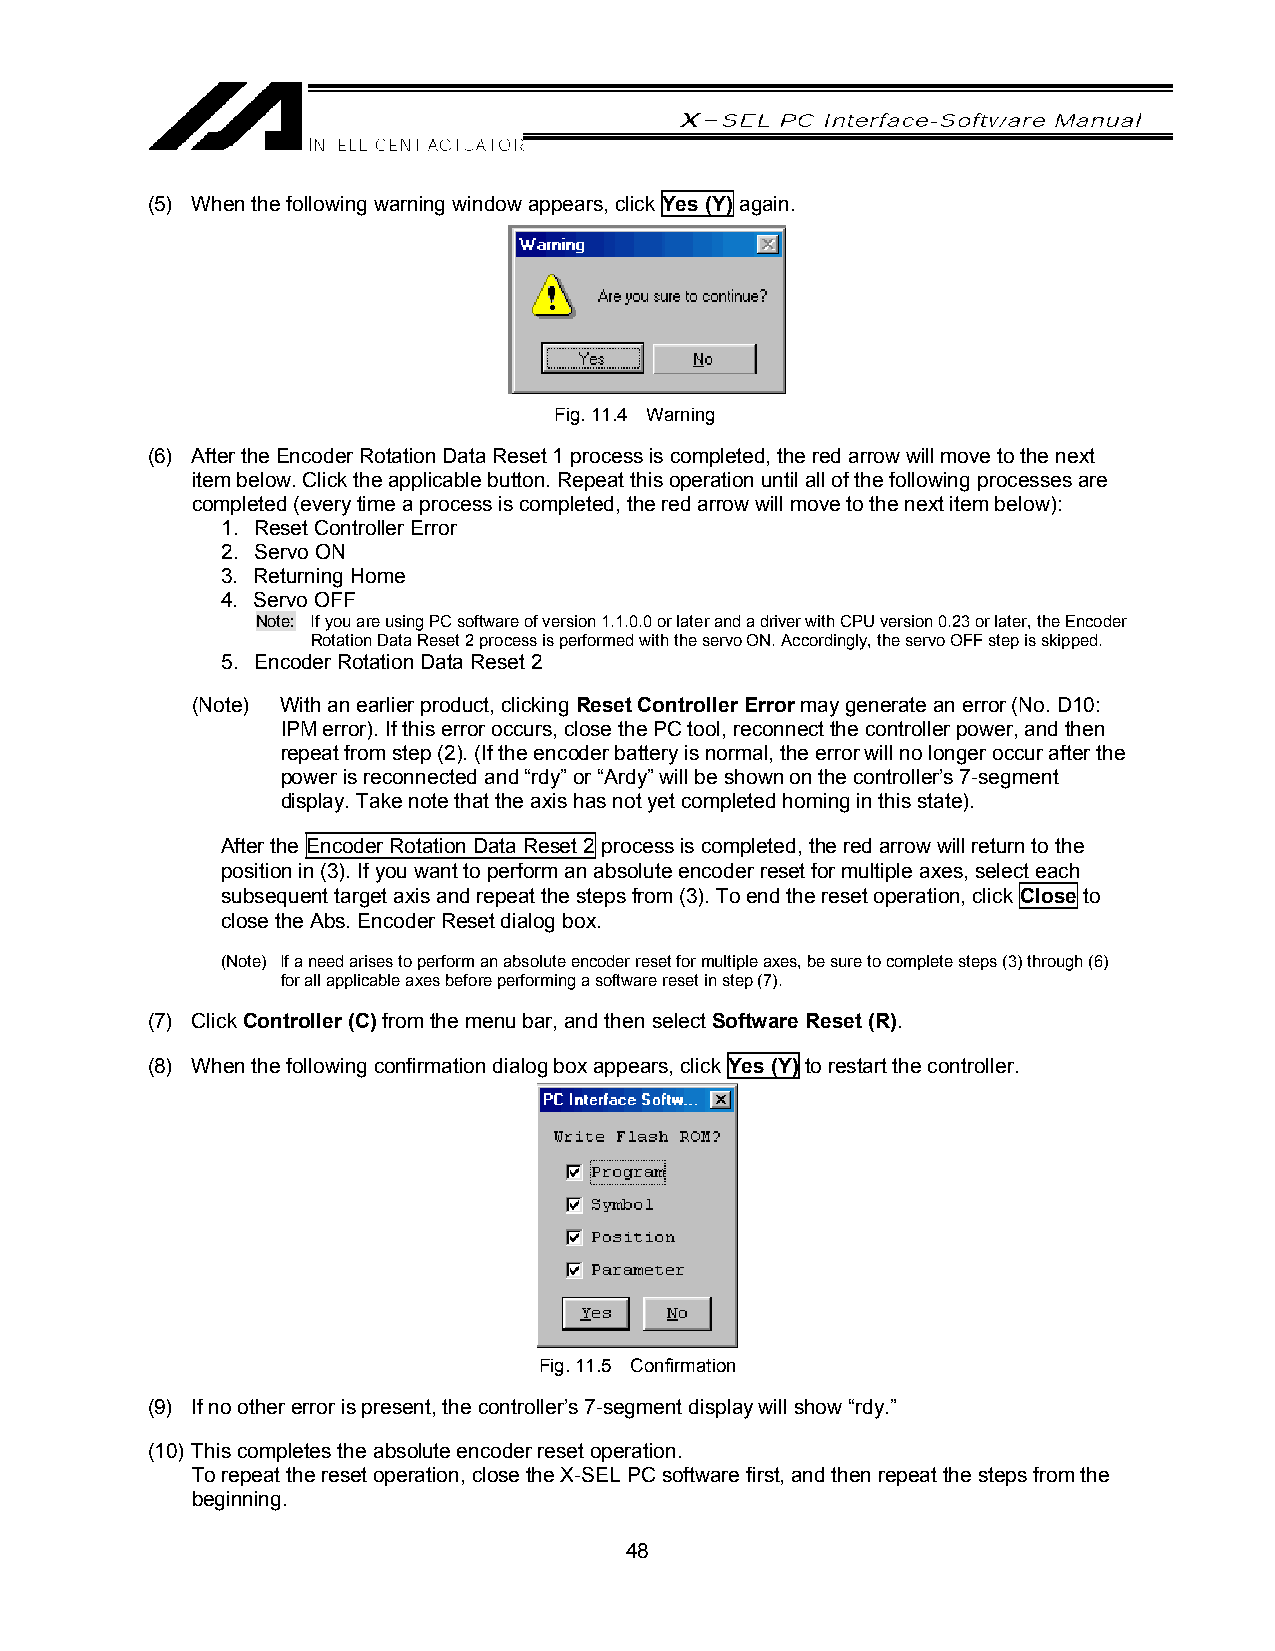
(5) When the following warning window appears, click Yes (Y) again.
 Fig. 11.4 Warning
 (6) After the Encoder Rotation Data Reset 1 process is completed, the red arrow will move to the next
 item below. Click the applicable button. Repeat this operation until all of the following processes are
 completed (every time a process is completed, the red arrow will move to the next item below):
 1. Reset Controller Error
 2. Servo ON
 3. Returning Home
 4. Servo OFF
 Note: If you are using PC software of version 1.1.0.0 or later and a driver with CPU version 0.23 or later, the Encoder
 Rotation Data Reset 2 process is performed with the servo ON. Accordingly, the servo OFF step is skipped.
 5. Encoder Rotation Data Reset 2
 (Note) With an earlier product, clicking Reset Controller Error may generate an error (No. D10:
 IPM error). If this error occurs, close the PC tool, reconnect the controller power, and then
 repeat from step (2). (If the encoder battery is normal, the error will no longer occur after the
 power is reconnected and “rdy” or “Ardy” will be shown on the controller’s 7-segment
 display. Take note that the axis has not yet completed homing in this state).
 After the Encoder Rotation Data Reset 2 process is completed, the red arrow will return to the
 position in (3). If you want to perform an absolute encoder reset for multiple axes, select each
 subsequent target axis and repeat the steps from (3). To end the reset operation, click Close to
 close the Abs. Encoder Reset dialog box.
 (Note) If a need arises to perform an absolute encoder reset for multiple axes, be sure to complete steps (3) through (6)
 for all applicable axes before performing a software reset in step (7).
 (7) Click Controller (C) from the menu bar, and then select Software Reset (R).
 (8) When the following confirmation dialog box appears, click Yes (Y) to restart the controller.
 Fig. 11.5 Confirmation
 (9) If no other error is present, the controller’s 7-segment display will show “rdy.”
 (10) This completes the absolute encoder reset operation.
 To repeat the reset operation, close the X-SEL PC software first, and then repeat the steps from the
 beginning.
 48